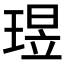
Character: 𬍶